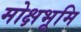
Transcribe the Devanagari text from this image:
मोक्षभूमि